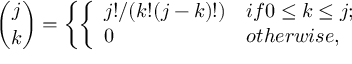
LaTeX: { \binom { j } { k } } = \left\{ \left\{ \begin{array} { l l } { { j ! / ( k ! ( j - k ) ! ) } } & { { i f 0 \le k \le j ; } } \\ { { 0 } } & { { o t h e r w i s e , } } \end{array} \right. \right.